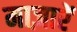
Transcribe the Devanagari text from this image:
माज़ारें